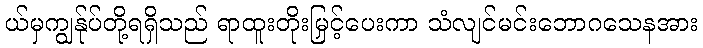
ယ်မှကျွန်ုပ်တို့ရရှိသည် ရာထူးတိုးမြှင့်ပေးကာ သံလျင်မင်းဘောဂသေနအား